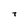
Character: T